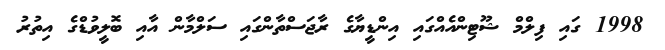
1998 ގައި ފިލްމް ޝޫޓިންއެއްގައި އިންޑީޔާގެ ރާޖަސްތާންގައި ސަލްމާން އާއި ބޮލީވުޑްގެ އިތުރު